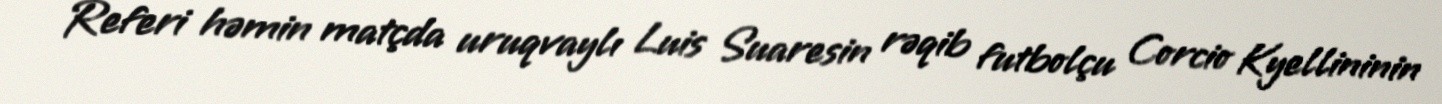
Referi həmin matçda uruqvaylı Luis Suaresin rəqib futbolçu Corcio Kyellininin